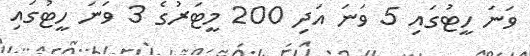
ވަނަ ހީޓުގައި 5 ވަނަ އަދި 200 މީޓަރުގެ 3 ވަނަ ހީޓުގައި